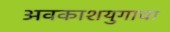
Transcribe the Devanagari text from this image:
अवकाशयुगाचा